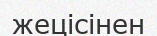
жецісінен